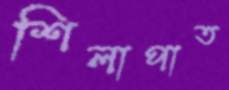
শিলাপাত